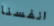
انفسنا